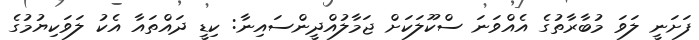
ފަށަނީ ލަވަ މުބާރާތުގެ އެއްވަނަ ސްކޫލަކަށް ޖަމާލުއްދީންސައިނާ: ކިޑީ ދައްތައާ އެކު ލަވަކިޔުމުގެ